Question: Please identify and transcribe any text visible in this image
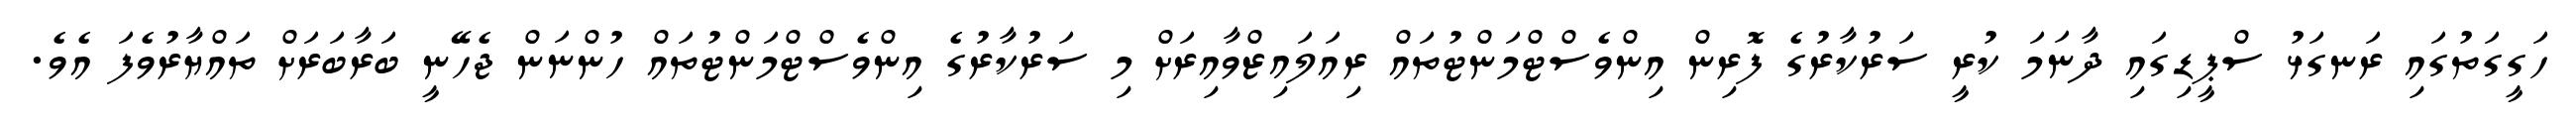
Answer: ހަގީގަތުގައި ރަނގަޅު ސްޕީޑިގައި ދާނަމަ ކުރީ ސަރުކާރުގެ ފޮރިން އިންވެސްޓްމަންޓުތައް ރިއަލައިޒްވާއިރަށް މި ސަރުކާރުގެ އިންވެސްޓްމަންޓުތައް ހުންނަން ޖެހޭނީ ބަރާބަރަށް ތައްޔާރުވެފަ އެވެ.